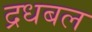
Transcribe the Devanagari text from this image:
द्रधबल